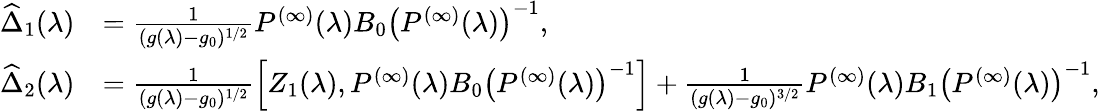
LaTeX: \begin{array}{rl}{\widehat{\Delta}_{1}(\lambda)}&{=\frac{1}{(g(\lambda)-g_{0})^{1/2}}P^{(\infty)}(\lambda)B_{0}\left(P^{(\infty)}(\lambda)\right)^{-1},}\\ {\widehat{\Delta}_{2}(\lambda)}&{=\frac{1}{(g(\lambda)-g_{0})^{1/2}}\left[Z_{1}(\lambda),P^{(\infty)}(\lambda)B_{0}\left(P^{(\infty)}(\lambda)\right)^{-1}\right]+\frac{1}{(g(\lambda)-g_{0})^{3/2}}P^{(\infty)}(\lambda)B_{1}\left(P^{(\infty)}(\lambda)\right)^{-1},}\end{array}